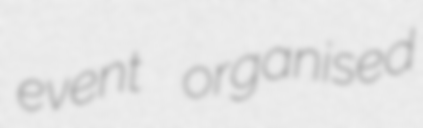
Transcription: event organised